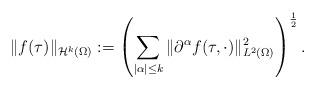
LaTeX: \begin{align*}\|f(\tau)\|_{\mathcal{H}^k(\Omega)}:=\left(\sum_{|\alpha|\leq k}\|\partial^{\alpha}f(\tau,\cdot)\|^2_{L^2(\Omega)}\right)^\frac{1}{2}.\end{align*}